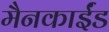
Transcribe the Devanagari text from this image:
मैनकाईंड